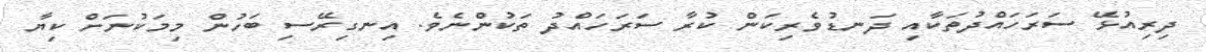
ދިރިއުޅޭ ސަރަހައްދުތަކާއި ދަނޑުވެރިކަން ކުރާ ސަރަހައްދު ތަކުންނެވެ. އިނގިރޭސި ބަހުން މިމަކުނަށް ކިޔާ